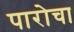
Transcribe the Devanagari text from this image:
पारोचा